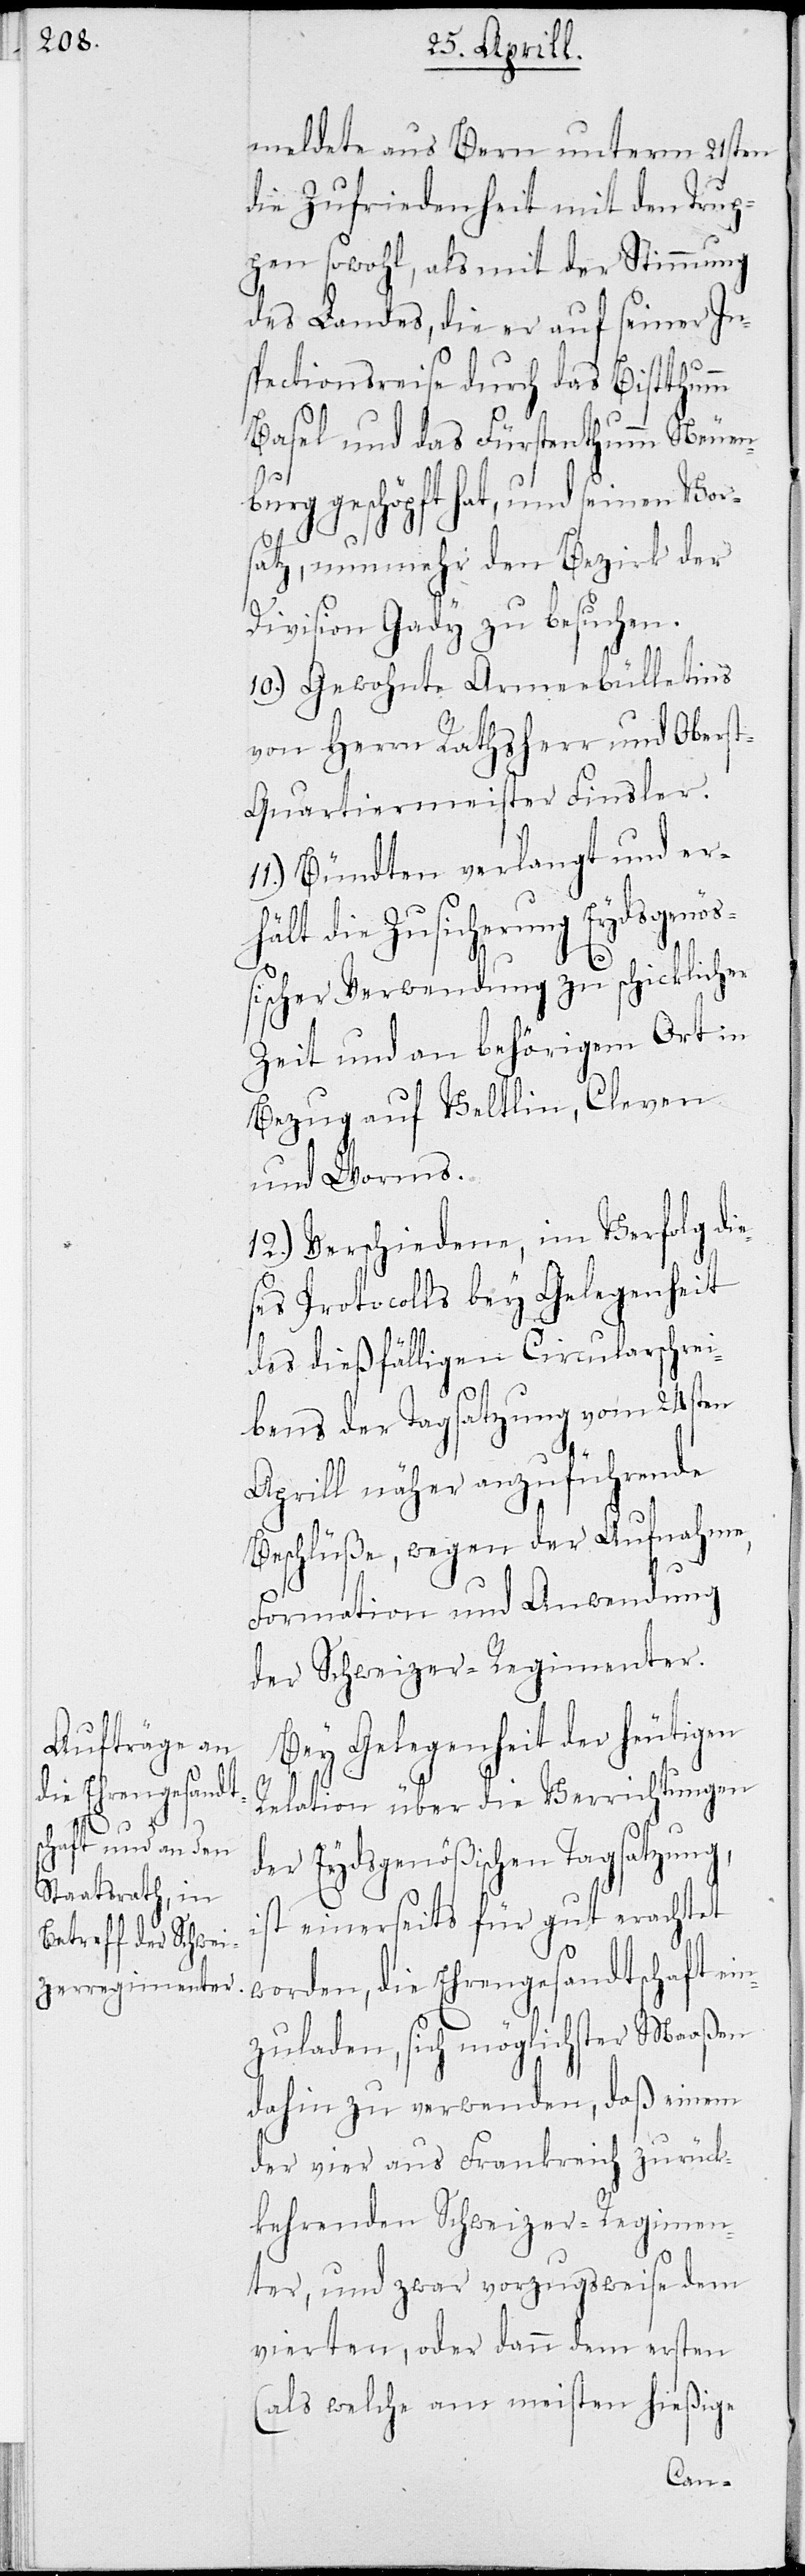
es¬

meldete aus Bern unterm 21sten
die Zufriedenheit mit den Trup¬
pen sowohl, als mit der Stimmung
des Landes, die er auf seiner In¬
spectionsreise durch das Bistthumm
Basel und das Fürstenthumm Neuen¬
burg geschöpft hat, und seinen Vor¬
satz, nunmehr den Bezirk der
Division Gady zu besuchen.
10.) Gewohnte Armeebülletins
von Herrn Rathsherr und Oberst¬
quartiermeister Finsler.
Bündten verlangt und er¬
hält die Zusicherung Eydsgenöß¬
ischer Verwendung zu schicklicher
Zeit und an behörigem Ort in
Bezug auf Veltlin, Cleven
und Worms.
12.) Verschiedene, in Verfolg di¬
es Protocolls bey Gelegenheit
des dießfälligen Circularschrei¬
bens der Tagsatzung vom 24sten
Aprill näher anzuführende
Beschlüße, wegen der Aufnahme,
Formation und Anwendung
der Schweizer-Regimenter.
Bey Gelegenheit der heutigen
Relation über die Verrichtungen
der Eydsgenößischen Tagsatzung,
ist einerseits für gut erachtet
worden, die Ehrengesandtschaft ei¬
nzuladen, sich möglichster Maßen
dahin zu verwenden, daß einem
der vier aus Frankreich zurück¬
kehrenden Schweizer-Regimen¬
ter, und zwar vorzugsweise dem
vierten, oder dann dem ersten
(als welche am meisten hießige